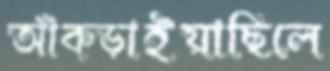
আঁক্‌ড়াইয়াছিলে